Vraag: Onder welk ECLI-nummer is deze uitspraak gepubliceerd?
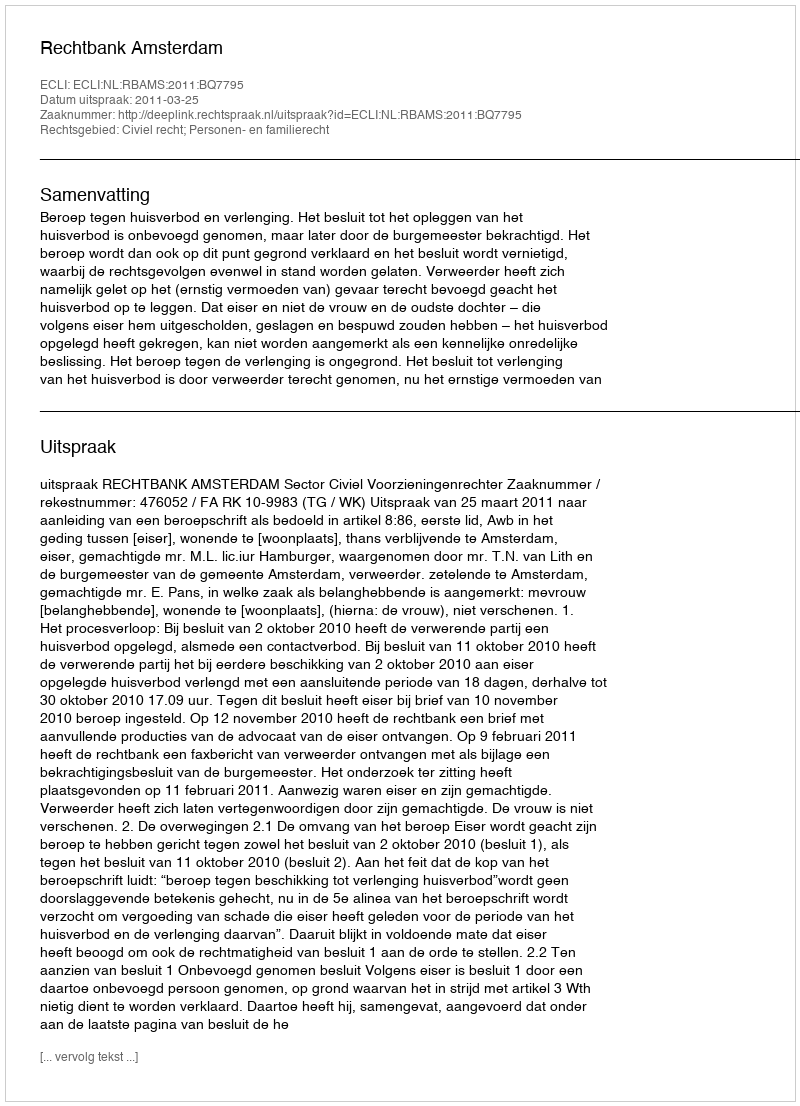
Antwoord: ECLI:NL:RBAMS:2011:BQ7795